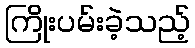
ကြိုးပမ်းခဲ့သည့်